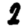
Digit: 2